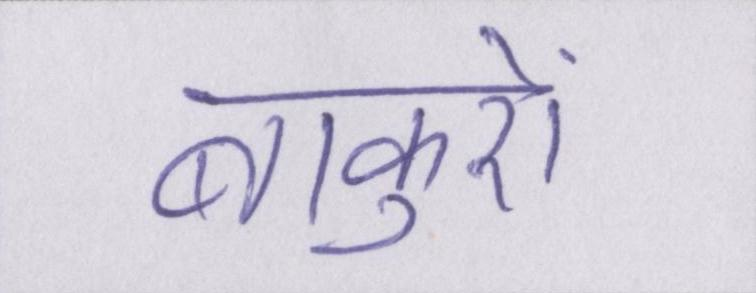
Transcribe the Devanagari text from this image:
बांकुरों